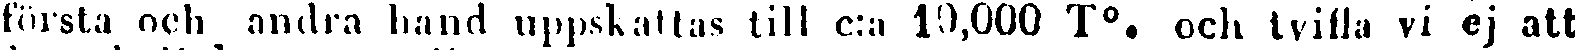
första och andra hand uppskattas till c:a 10,000 T°. och tvifla vi ej att